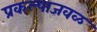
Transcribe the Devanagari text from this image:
प्रकल्पाजवळ